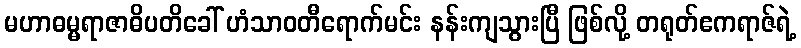
မဟာဓမ္မရာဇာဓိပတိခေါ် ဟံသာဝတီရောက်မင်း နန်းကျသွားပြီ ဖြစ်လို့ တရုတ်ဧကရာဇ်ရဲ့